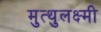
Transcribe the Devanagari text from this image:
मुत्थुलक्ष्मी